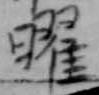
曜